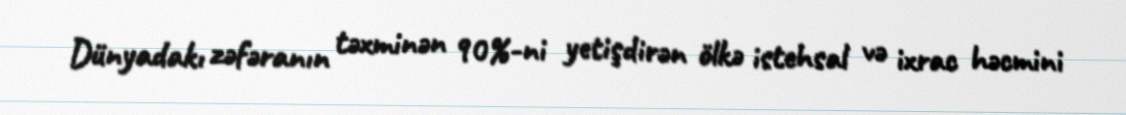
Dünyadakı zəfəranın təxminən 90%-ni yetişdirən ölkə istehsal və ixrac həcmini